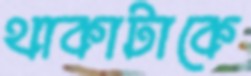
থাকাটাকে